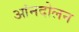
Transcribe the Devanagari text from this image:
आंनदोलन